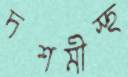
দশমীস্হ